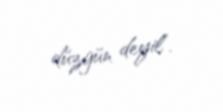
düzgün deyil”.